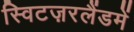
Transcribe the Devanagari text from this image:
स्विटज़रलैंडमें